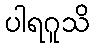
ပါရဂူသိ